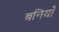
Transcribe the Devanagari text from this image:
बनियाँ